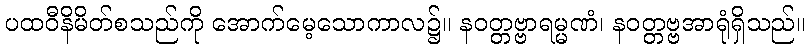
ပထဝီနိမိတ်စသည်ကို အောက်မေ့သောကာလ၌။ နဝတ္တဗ္ဗာရမ္မဏံ၊ နဝတ္တဗ္ဗအာရုံရှိသည်။